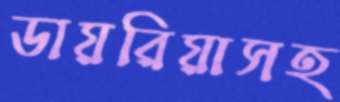
ডায়রিয়াসহ